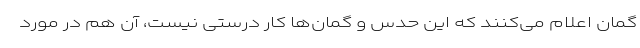
گمان اعلام می‌کنند که این حدس و گمان‌ها کار درستی نیست، آن هم در مورد